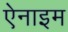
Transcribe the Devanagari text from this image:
ऐनाइम